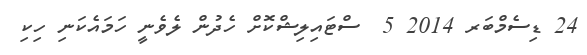
24 ޑިސެމްބަރ 2014 5  ސްޓައިލިޝްކޮށް ހެދުން ލެވެނީ ހަމައެކަނި ހިކި